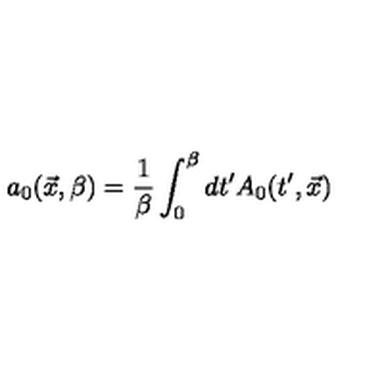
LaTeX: a _ { 0 } ( \vec { x } , \beta ) = { \frac { 1 } { \beta } } \int _ { 0 } ^ { \beta } d t ^ { \prime } A _ { 0 } ( t ^ { \prime } , \vec { x } )